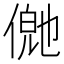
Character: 𬿊